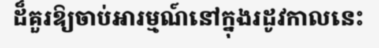
ដ៏គួរឱ្យចាប់អារម្មណ៍នៅក្នុងរដូវកាលនេះ